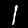
Digit: 1